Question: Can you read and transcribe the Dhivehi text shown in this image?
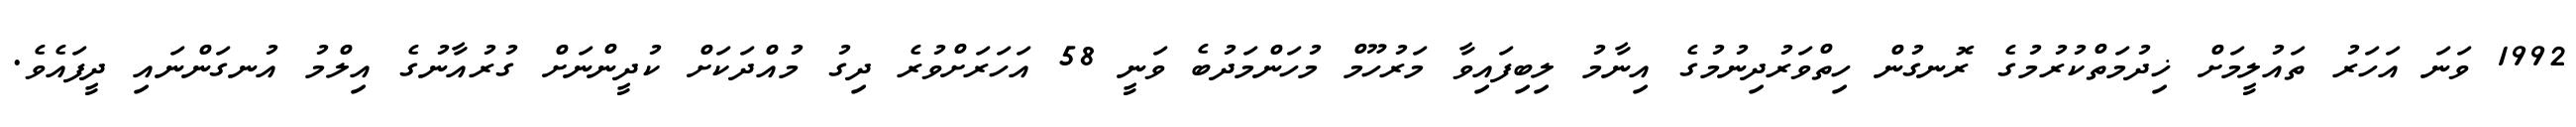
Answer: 1992 ވަނަ އަހަރު ތައުލީމަށް ޚިދުމަތްކުރުމުގެ ރޮނގުން ހިތްވަރުދިނުމުގެ އިނާމު ލިބިފައިވާ މަރުހޫމް މުހަންމަދުބެ ވަނީ 58 އަހަރަށްވުރެ ދިގު މުއްދަކަށް ކުދީންނަށް ގުރުއާނުގެ އިލްމު އުނގަންނައި ދީފައެވެ.